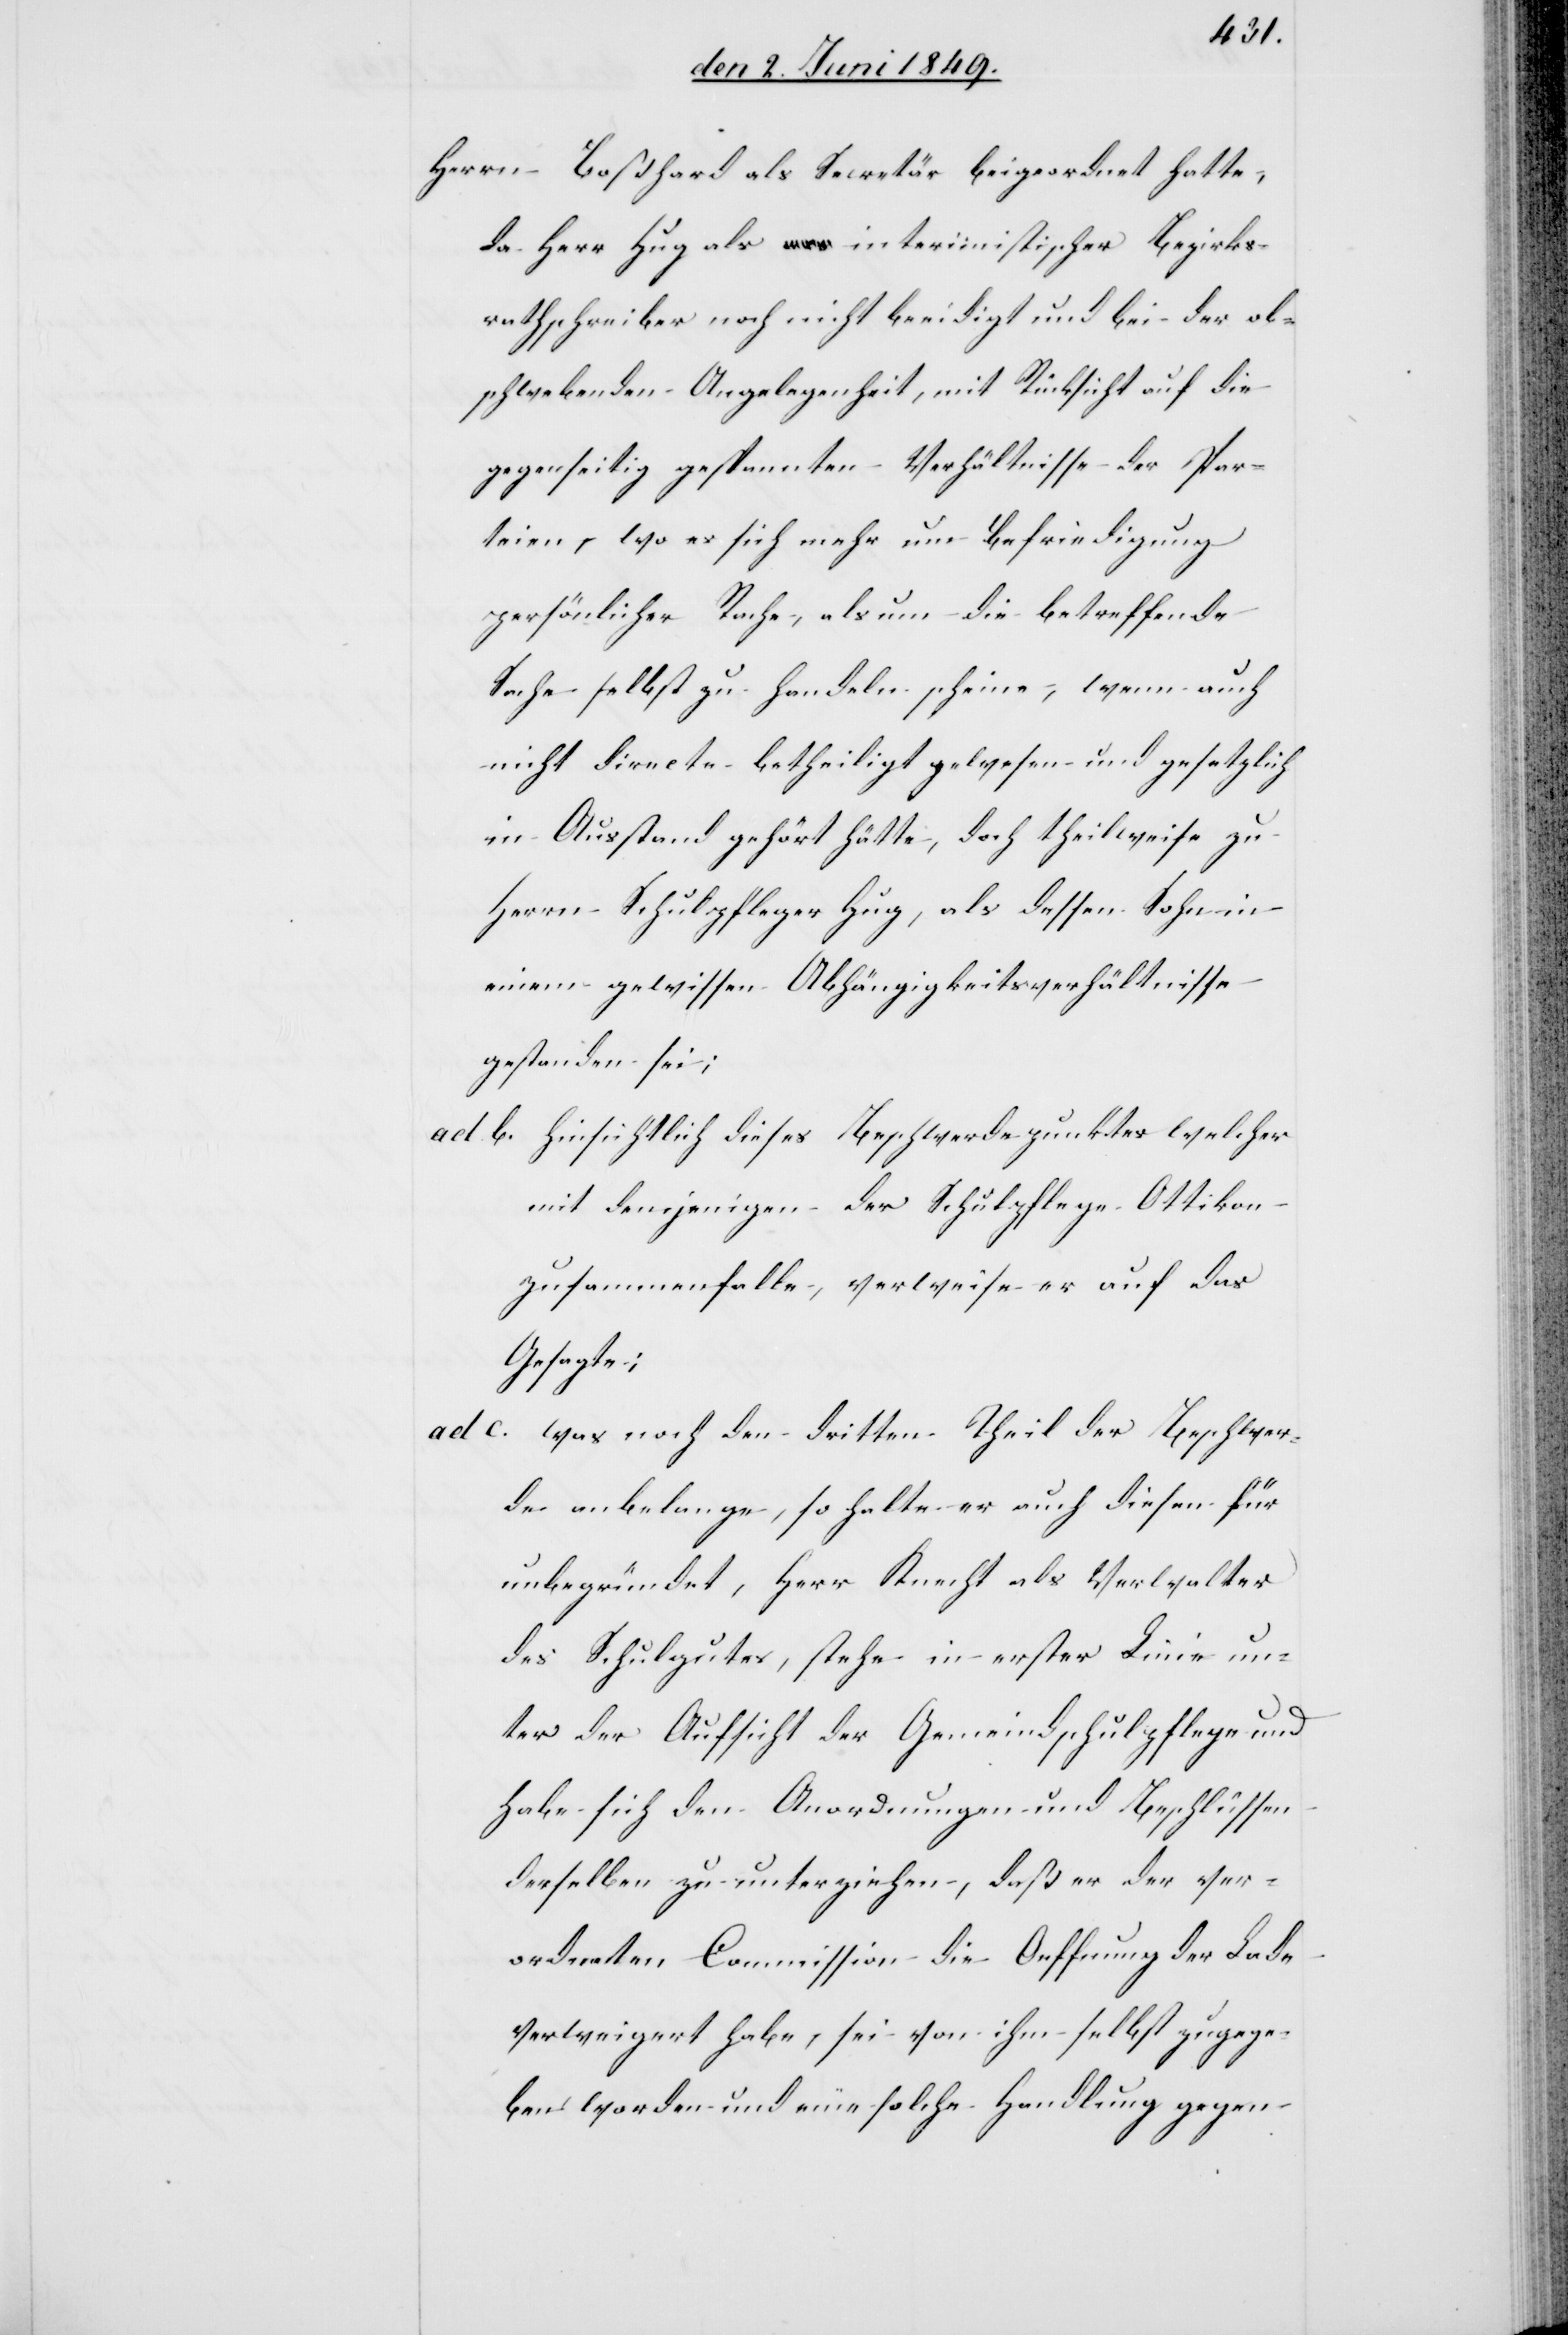
Herrn Boßhard als Secretär beigeordnet hatte,
da Herr Hug als interimistischer Bezirks¬
rathschreiber noch nicht beeidigt und bei der ob¬
schwebenden Angelegenheit, mit Rücksicht auf die
gegenseitig gespannten Verhältnisse der Par¬
teien, wo es sich mehr um Befriedigung
persönlicher Rache, als um die betreffende
Sache selbst zu handeln scheine, wenn auch
nicht directe betheiligt gewesen und gesetzlich
in Ausstand gehört hätte, doch theilweise zu
Herrn Schulpfleger Hug, als dessen Sohn in
einem gewissen Abhängigkeitsverhältnisse
gestanden sei;
ad. b. Hinsichtlich dieses Beschwerdepunktes welcher
mit demjenigen der Schulpflege Ottikon
zusammenfalle, verweise er auf das
Gesagte;
ad. c. was noch den dritten Theil der Beschwer¬
de anbelange, so halte er auch diesen für
unbegründet, Herr Knecht als Verwalter
des Schulgutes, stehe in erster Linie un¬
ter der Aufsicht der Gemeinschulpflege und
habe sich den Anordnungen und Beschlüssen
derselben zu unterziehen, daß er der ver¬
ordneten Commission die Oeffnung der Lade
verweigert habe, sei von ihm selbst zugege¬
ben worden und neue solche Handlung gegen